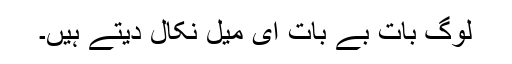
لوگ بات بے بات ای میل نکال دیتے ہیں۔